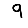
Digit: 9